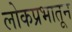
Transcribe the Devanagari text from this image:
लोकप्रभातून